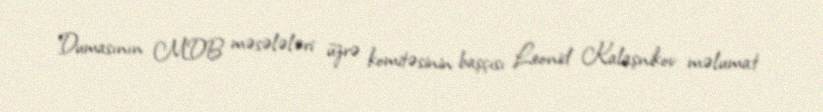
Dumasının MDB məsələləri üzrə komitəsinin başçısı Leonid Kalaşnikov məlumat